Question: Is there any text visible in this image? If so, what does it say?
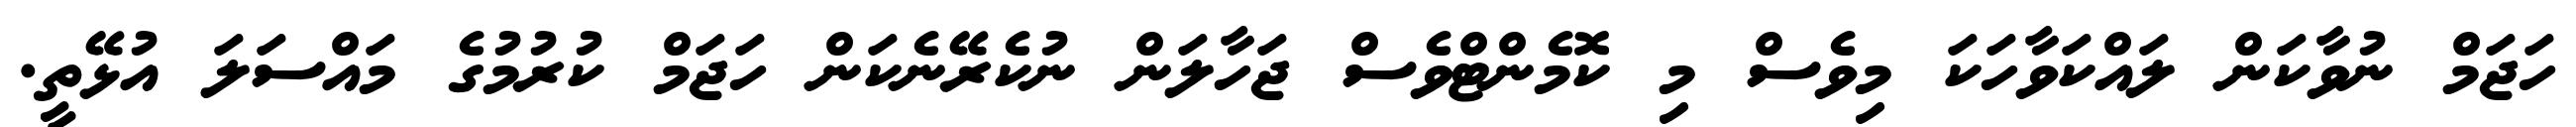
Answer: ހަޖަމް ނުވާކަން ލައްކަވާހަކަ މިވެސް މި ކޮމެންޓްވެސް ޖަހާލަން ނުކެރޭނެކަން ހަޖަމް ކުރުމުގެ މައްސަލަ އުޅޭތީ.